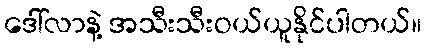
ဒေါ်လာနဲ့ အသီးသီးဝယ်ယူနိုင်ပါတယ်။